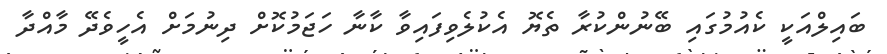
ބައިލްއަކީ ކެއުމުގައި ބޭނުންކުރާ ތެޔޮ އެކުލެވިފައިވާ ކާނާ ހަޖަމުކޮށް ދިނުމަށް އެހީވެދޭ މާއްދާ